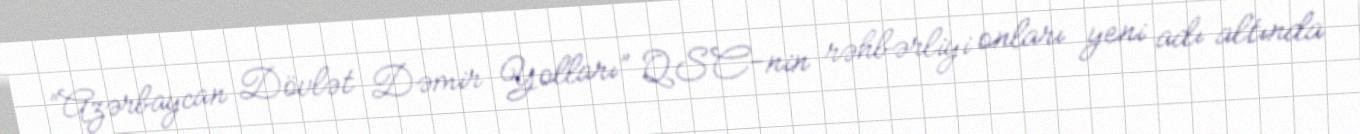
“Azərbaycan Dövlət Dəmir Yolları” QSC-nin rəhbərliyi onları yeni adı altında